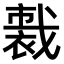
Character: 𧛦